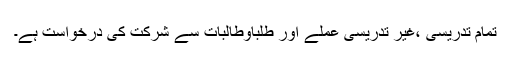
تمام تدریسی ،غیر تدریسی عملے اور طلباوطالبات سے شرکت کی درخواست ہے۔